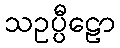
သဥပ္ပီဠော